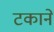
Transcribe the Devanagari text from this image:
टकाने